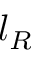
l _ { R }